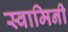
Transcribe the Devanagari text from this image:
स्‍वामिनी